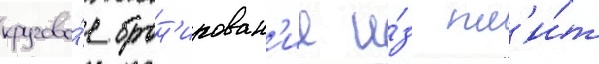
кругово́е брон'ирован'ие и́з пл'и́т